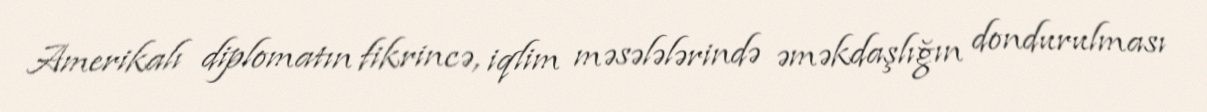
Amerikalı diplomatın fikrincə, iqlim məsələlərində əməkdaşlığın dondurulması